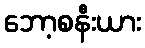
ဘော့စနီးယား